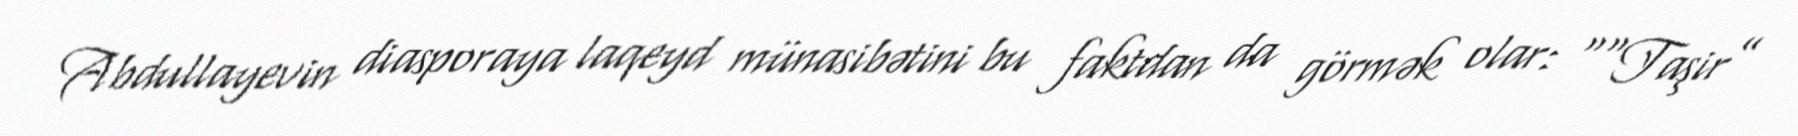
Abdullayevin diasporaya laqeyd münasibətini bu faktdan da görmək olar: ““Taşir”